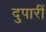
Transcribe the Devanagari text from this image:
दुपारीं